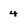
Character: 4